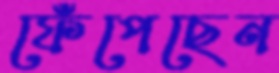
ফেঁপেছেন